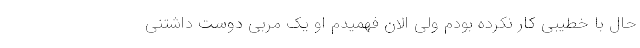
حال با خطیبی کار نکرده بودم ولی الان فهمیدم او یک مربی دوست داشتنی